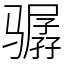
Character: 骣